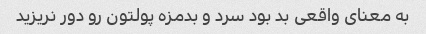
به معنای واقعی بد بود سرد و بدمزه پولتون رو دور نریزید